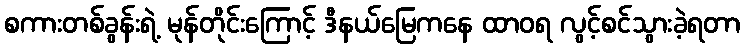
စကားတစ်ခွန်းရဲ့ မုန်တိုင်းကြောင့် ဒီနယ်မြေကနေ ထာဝရ လွင့်စင်သွားခဲ့ရတာ